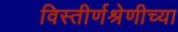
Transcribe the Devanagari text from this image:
विस्तीर्णश्रेणीच्या